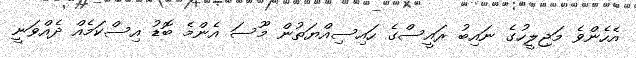
އެހެންވެ މަޖިލީހުގެ ނައިބު ރައީސްގެ ހައިސިއްޔަތުން މޫސަ އެންމެ ބޮޑު އިސްކަމެއް ދެއްވަނީ